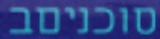
סוכניםב